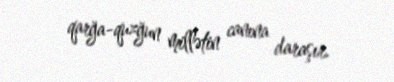
qarğa-quzğun millətin canına daraşır.